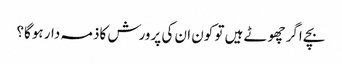
بچے اگر چھوٹے ہیں تو کون ان کی پرورش کاذمہ دار ہوگا؟